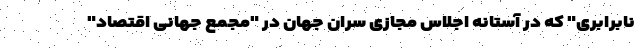
نابرابری" که در آستانه اجلاس مجازی سران جهان در "مجمع جهانی اقتصاد"